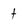
Character: t